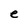
Character: e